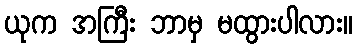
ယုက အကြီး ဘာမှ မထွားပါလား။